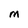
Character: M